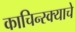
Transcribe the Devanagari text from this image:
काचिन्स्क्याचे